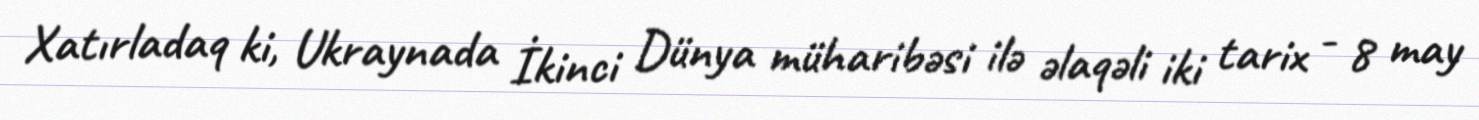
Xatırladaq ki, Ukraynada İkinci Dünya müharibəsi ilə əlaqəli iki tarix - 8 may